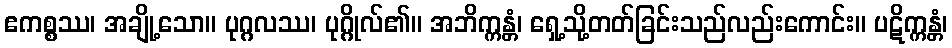
ဧကစ္စဿ၊ အချို့သော။ ပုဂ္ဂလဿ၊ ပုဂ္ဂိုလ်၏။ အဘိက္ကန္တံ၊ ရှေ့သို့တတ်ခြင်းသည်လည်းကောင်း။ ပဋိက္ကန္တံ၊